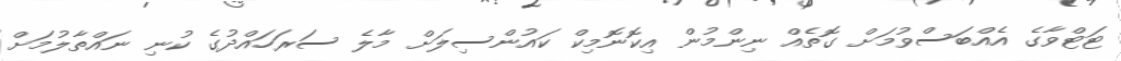
ޓަޓްވާގެ އެއްބަސްވުމަށް ގޮތެއް ނިންމުން އިކޮނޮމިކް ކައުންސިލަށް މާލެ ސަރަހައްދުގެ ކުނި ނައްތާލުމަށް